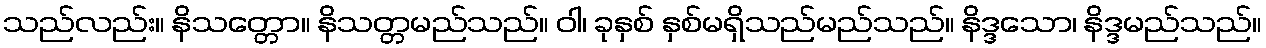
သည်လည်း။ နိသတ္တော။ နိသတ္တမည်သည်။ ဝါ၊ ခုနှစ် နှစ်မရှိသည်မည်သည်။ နိဒ္ဒသော၊ နိဒ္ဒမည်သည်။